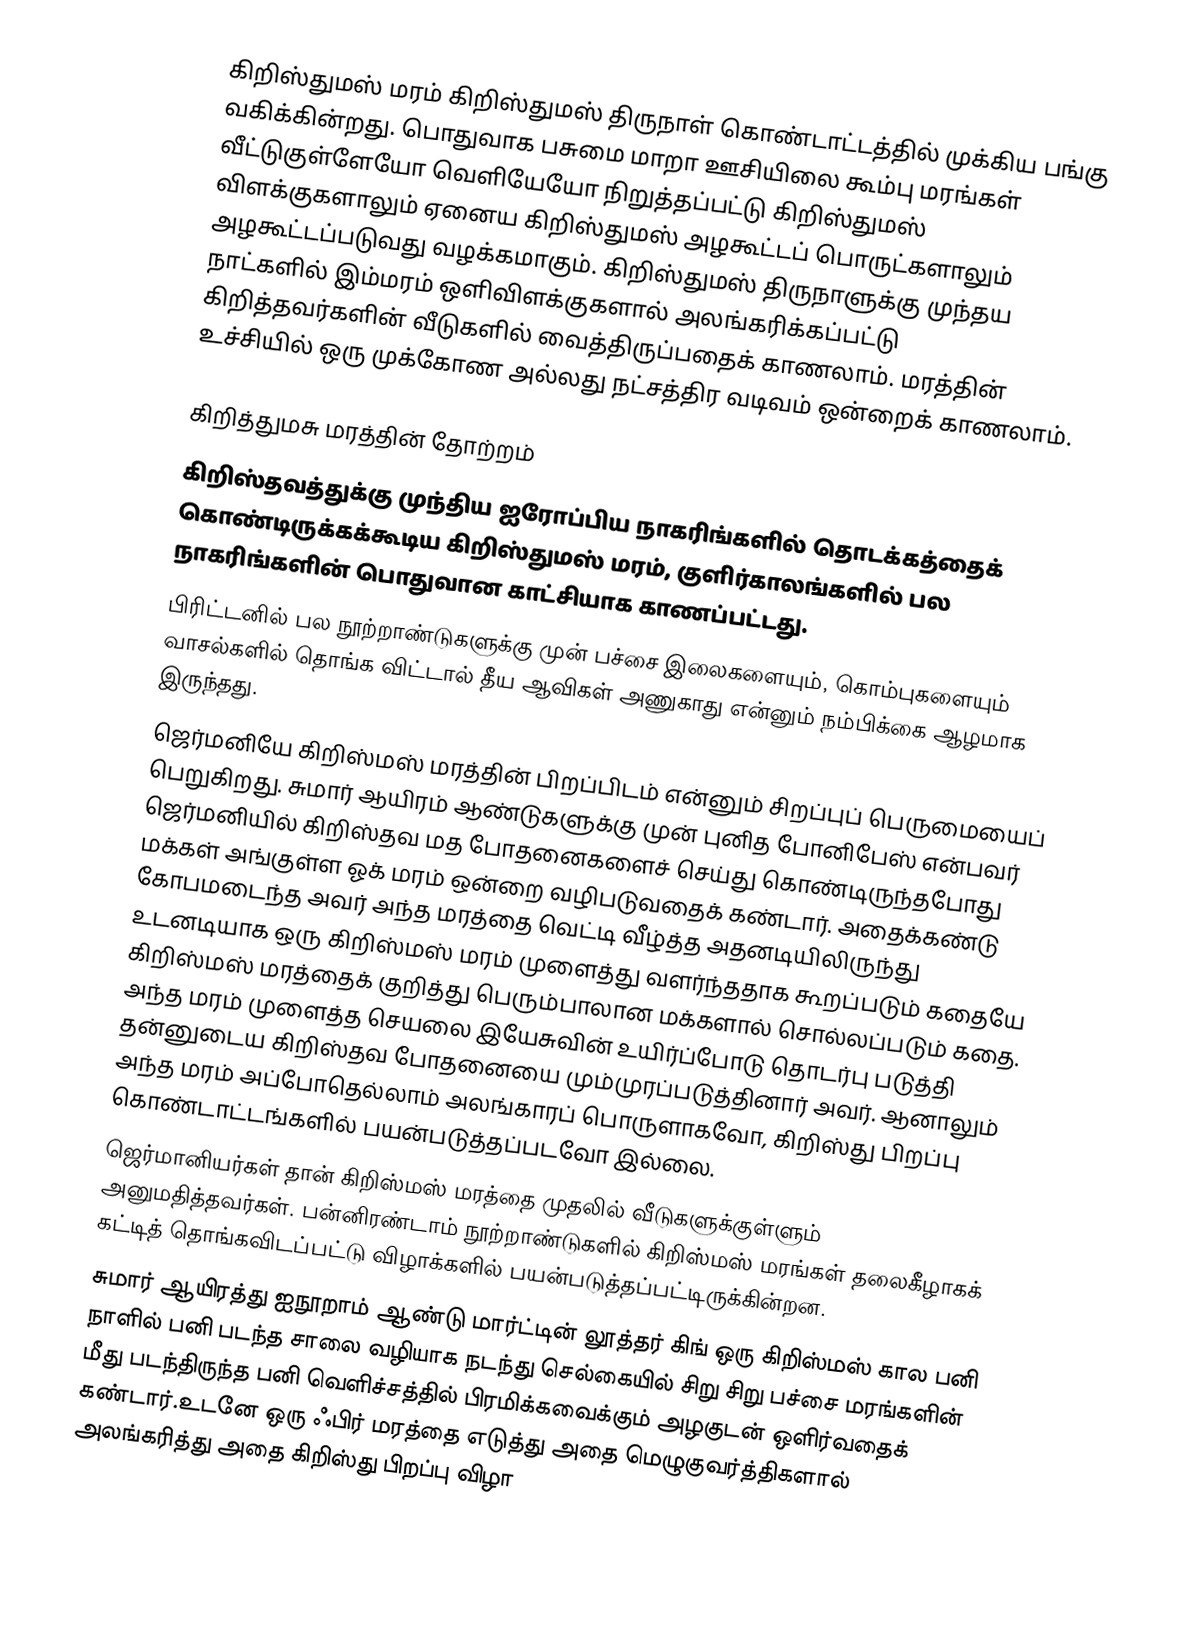
கிறிஸ்துமஸ் மரம் கிறிஸ்துமஸ் திருநாள் கொண்டாட்டத்தில் முக்கிய பங்கு வகிக்கின்றது. பொதுவாக பசுமை மாறா ஊசியிலை கூம்பு மரங்கள் வீட்டுகுள்ளேயோ வெளியேயோ நிறுத்தப்பட்டு கிறிஸ்துமஸ் விளக்குகளாலும் ஏனைய கிறிஸ்துமஸ் அழகூட்டப் பொருட்களாலும் அழகூட்டப்படுவது வழக்கமாகும். கிறிஸ்துமஸ் திருநாளுக்கு முந்தய நாட்களில் இம்மரம் ஒளிவிளக்குகளால் அலங்கரிக்கப்பட்டு கிறித்தவர்களின் வீடுகளில் வைத்திருப்பதைக் காணலாம். மரத்தின் உச்சியில் ஒரு முக்கோண அல்லது நட்சத்திர வடிவம் ஒன்றைக் காணலாம்.

கிறித்துமசு மரத்தின் தோற்றம்
கிறிஸ்தவத்துக்கு முந்திய ஐரோப்பிய நாகரிங்களில் தொடக்கத்தைக் கொண்டிருக்கக்கூடிய கிறிஸ்துமஸ் மரம், குளிர்காலங்களில் பல நாகரிங்களின் பொதுவான காட்சியாக காணப்பட்டது.
பிரிட்டனில் பல நூற்றாண்டுகளுக்கு முன் பச்சை இலைகளையும், கொம்புகளையும் வாசல்களில் தொங்க விட்டால் தீய ஆவிகள் அணுகாது என்னும் நம்பிக்கை ஆழமாக இருந்தது.
ஜெர்மனியே கிறிஸ்மஸ் மரத்தின் பிறப்பிடம் என்னும் சிறப்புப் பெருமையைப் பெறுகிறது. சுமார் ஆயிரம் ஆண்டுகளுக்கு முன் புனித போனிபேஸ் என்பவர் ஜெர்மனியில் கிறிஸ்தவ மத போதனைகளைச் செய்து கொண்டிருந்தபோது மக்கள் அங்குள்ள ஓக் மரம் ஒன்றை வழிபடுவதைக் கண்டார். அதைக்கண்டு கோபமடைந்த அவர் அந்த மரத்தை வெட்டி வீழ்த்த அதனடியிலிருந்து உடனடியாக ஒரு கிறிஸ்மஸ் மரம் முளைத்து வளர்ந்ததாக கூறப்படும் கதையே கிறிஸ்மஸ் மரத்தைக் குறித்து பெரும்பாலான மக்களால் சொல்லப்படும் கதை. அந்த மரம் முளைத்த செயலை இயேசுவின் உயிர்ப்போடு தொடர்பு படுத்தி தன்னுடைய கிறிஸ்தவ போதனையை மும்முரப்படுத்தினார் அவர். ஆனாலும் அந்த மரம் அப்போதெல்லாம் அலங்காரப் பொருளாகவோ, கிறிஸ்து பிறப்பு கொண்டாட்டங்களில் பயன்படுத்தப்படவோ இல்லை.
ஜெர்மானியர்கள் தான் கிறிஸ்மஸ் மரத்தை முதலில் வீடுகளுக்குள்ளும் அனுமதித்தவர்கள். பன்னிரண்டாம் நூற்றாண்டுகளில் கிறிஸ்மஸ் மரங்கள் தலைகீழாகக் கட்டித் தொங்கவிடப்பட்டு விழாக்களில் பயன்படுத்தப்பட்டிருக்கின்றன.
சுமார் ஆயிரத்து ஐநூறாம் ஆண்டு மார்ட்டின் லூத்தர் கிங் ஒரு கிறிஸ்மஸ் கால பனி நாளில் பனி படந்த சாலை வழியாக நடந்து செல்கையில் சிறு சிறு பச்சை மரங்களின் மீது படந்திருந்த பனி வெளிச்சத்தில் பிரமிக்கவைக்கும் அழகுடன் ஒளிர்வதைக் கண்டார்.உடனே ஒரு ஃபிர் மரத்தை எடுத்து அதை மெழுகுவர்த்திகளால் அலங்கரித்து அதை கிறிஸ்து பிறப்பு விழா